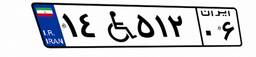
۱۴W۵۱۲۰۶